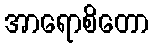
အာရောစိတော